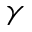
\gamma